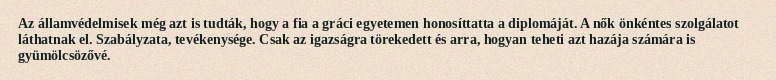
Az államvédelmisek még azt is tudták, hogy a fia a gráci egyetemen honosíttatta a diplomáját. A nők önkéntes szolgálatot láthatnak el. Szabályzata, tevékenysége. Csak az igazságra törekedett és arra, hogyan teheti azt hazája számára is gyümölcsözővé.